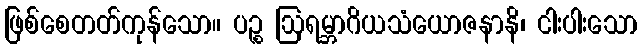
ဖြစ်စေတတ်ကုန်သော။ ပဉ္စ ဩရမ္ဘာဂိယသံယောဇနာနိ၊ ငါးပါးသော